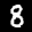
Label: 8